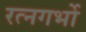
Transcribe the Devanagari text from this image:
रत्नगर्भो